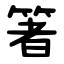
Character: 箸